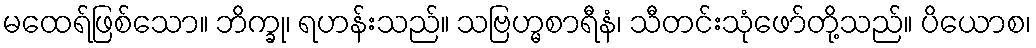
မထေရ်ဖြစ်သော။ ဘိက္ခု၊ ရဟန်းသည်။ သဗြဟ္မစာရီနံ၊ သီတင်းသုံဖော်တို့သည်။ ပိယောစ၊